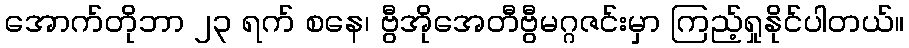
အောက်တိုဘာ ၂၃ ရက် စနေ၊ ဗွီအိုအေတီဗွီမဂ္ဂဇင်းမှာ ကြည့်ရှုနိုင်ပါတယ်။